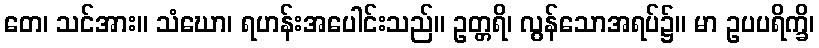
တေ၊ သင်အား။ သံဃော၊ ရဟန်းအပေါင်းသည်။ ဥတ္တရိ၊ လွန်သောအရပ်၌။ မာ ဥပပရိက္ခိ၊